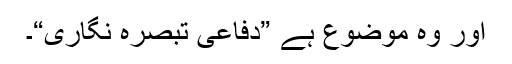
اور وہ موضوع ہے ”دفاعی تبصرہ نگاری“۔